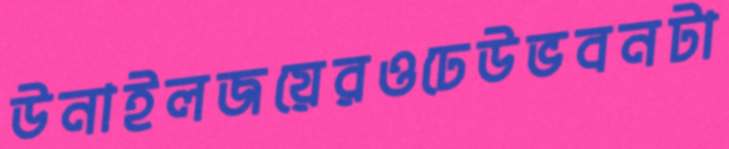
উনাইলজয়েরওঢেউভবনটা